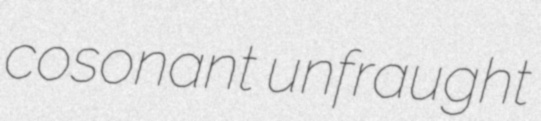
cosonant unfraught